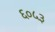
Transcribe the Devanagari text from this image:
६०५३